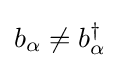
b_{\alpha }\neq b_{\alpha }^{\dagger }